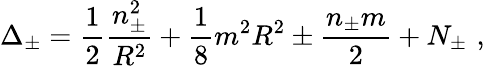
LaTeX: \Delta_{\pm}=\displaystyle\frac{1}{2}\displaystyle\frac{n_{\pm}^{2}}{R^{2}}+\displaystyle\frac{1}{8}m^{2}R^{2}\pm\displaystyle\frac{n_{\pm}m}{2}+N_{\pm}\, \, ,